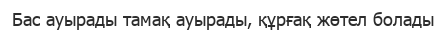
Бас ауырады тамақ ауырады, құрғақ жөтел болады